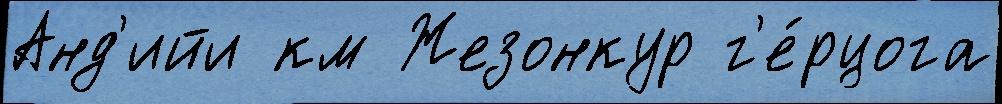
Анд'ийи км Жезонкур г'е́рцога